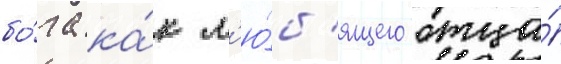
бо́га ка́к л'ю́б'ящего отца́